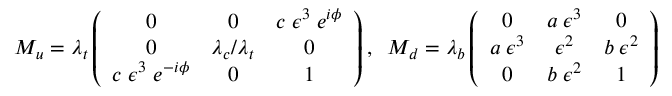
M _ { u } = \lambda _ { t } \left( \begin{array} { c c c } { { 0 } } & { { 0 } } & { { c \; \epsilon ^ { 3 } \; e ^ { i \phi } } } \\ { { 0 } } & { { \lambda _ { c } / \lambda _ { t } } } & { { 0 } } \\ { { c \; \epsilon ^ { 3 } \; e ^ { - i \phi } } } & { { 0 } } & { { 1 } } \end{array} \right) , \; \; M _ { d } = \lambda _ { b } \left( \begin{array} { c c c } { { 0 } } & { { a \; \epsilon ^ { 3 } } } & { { 0 } } \\ { { a \; \epsilon ^ { 3 } } } & { { \epsilon ^ { 2 } } } & { { b \; \epsilon ^ { 2 } } } \\ { { 0 } } & { { b \; \epsilon ^ { 2 } } } & { { 1 } } \end{array} \right)